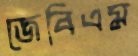
জেবিএম